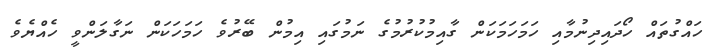
ހައްގުތައް ހޯދައިދިނުމާއި ހަމަހަމަކަން ގާއިމުކުރުމުގެ ނަމުގައި އިމުން ބޭރުވެ ހަމަހަކަން ނަގާލަންވީ ހެއްޔެވެ